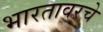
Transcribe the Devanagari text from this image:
भारतावरचे